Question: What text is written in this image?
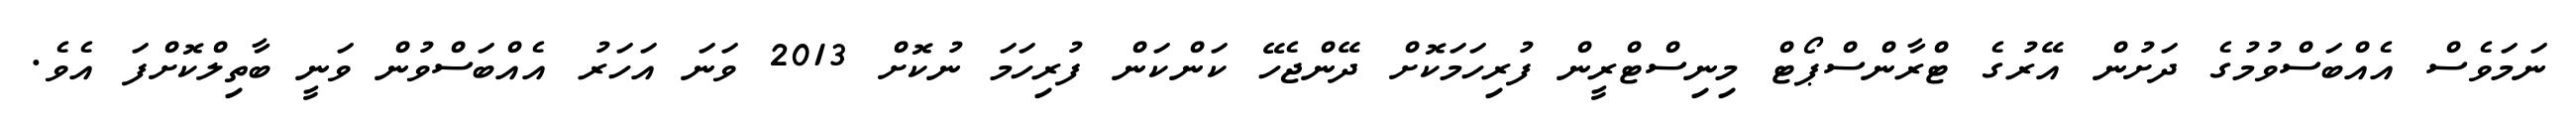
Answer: ނަމަވެސް އެއްބަސްވުމުގެ ދަށުން އޭރުގެ ޓްރާންސްޕޯޓް މިނިސްޓްރީން ފުރިހަމަކޮށް ދޭންޖެހޭ ކަންކަން ފުރިހަމަ ނުކޮށް 2013 ވަނަ އަހަރު އެއްބަސްވުން ވަނީ ބާތިލްކޮށްފަ އެވެ.